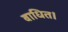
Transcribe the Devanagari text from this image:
बाधित।